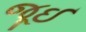
જૂઈ